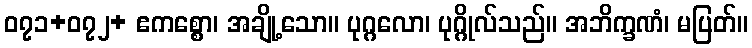
၀၇၁+၀၇၂+ ဧကစ္စော၊ အချို့သော။ ပုဂ္ဂလော၊ ပုဂ္ဂိုလ်သည်။ အဘိက္ခဏံ၊ မပြတ်။